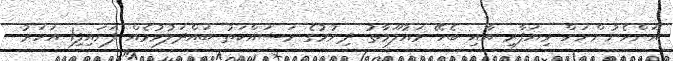
އަންހެނުންނަށް ވިޔަފާރި އާއި ބެހޭ މައުލޫމާތު ދިނުމުގެ މަސައްކަތު ބައްދަލުވުމެއް ފަށައިފި1 އަހަރު